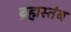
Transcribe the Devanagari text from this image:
ब्रह्मस्तंब